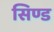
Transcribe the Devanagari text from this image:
सिण्ड